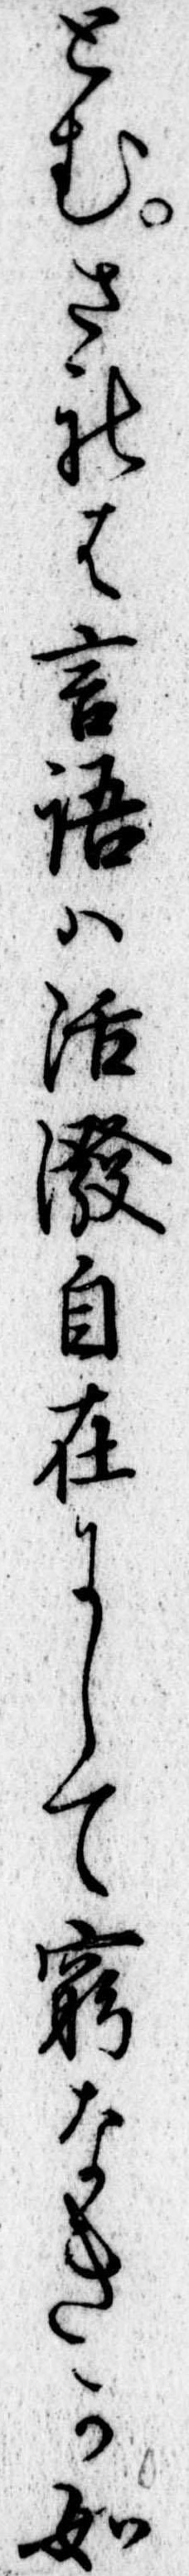
とむされは言語は活潑自在にして窮なきか如